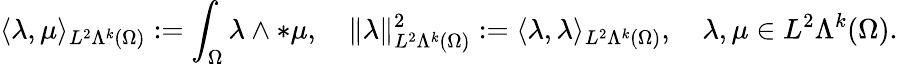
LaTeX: \langle\lambda,\mu\rangle_{L^{2}\Lambda^{k}(\Omega)}:=\int_{\Omega}\lambda\wedge\ast\mu,\quad\Vert\lambda\Vert_{L^{2}\Lambda^{k}(\Omega)}^{2}:=\langle\lambda,\lambda\rangle_{L^{2}\Lambda^{k}(\Omega)},\quad\lambda,\mu\in L^{2}\Lambda^{k}(\Omega).